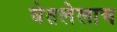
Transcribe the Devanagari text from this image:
घेतलेलाच